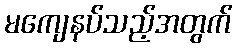
မကျေနပ်သည့်အတွက်